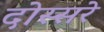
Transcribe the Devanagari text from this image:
दोस्सरे